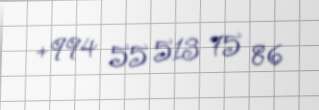
+994 55 513 75 86